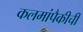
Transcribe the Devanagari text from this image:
कलमांपैकीची